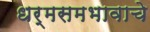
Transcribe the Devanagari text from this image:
धर्मसमभावाचे